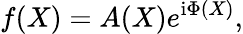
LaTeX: f(X)=A(X)e^{\mathrm{i}\Phi(X)},